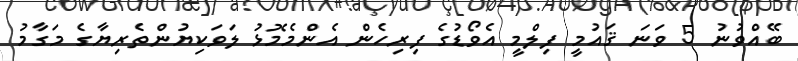
ބޭއްވުނު 5 ވަނަ ޤައުމީ ފިލްމީ އެވޯޑުގެ ފިރިހެން އެންމެމޮޅު ލަވަކިޔުންތެރިޔާގެ މަގާމު